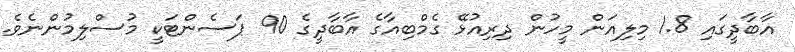
އާބާދީގައި 1.8 މިލިއަން މީހުން ދިރިއުޅޭ ގެމްބިއާގެ އާބާދީގެ 90 ޕަސެންޓަކީ މުސްލިމުންނެވެ.